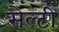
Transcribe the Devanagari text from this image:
सेल्टी